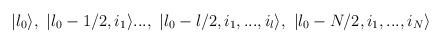
\begin{align*}|\l_0\rangle,\ |\l_0-1/2,i_1\rangle...,\ |\l_0-l/2,i_1,...,i_l\rangle,\ |\l_0-N/2,i_1,...,i_N\rangle\end{align*}